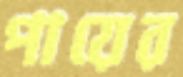
পায়ের